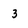
Character: 3